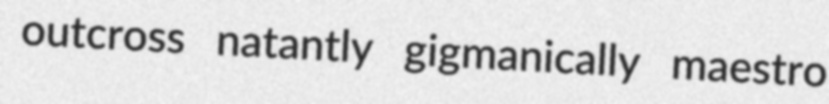
outcross natantly gigmanically maestro